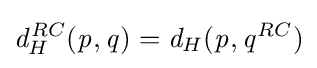
{\mathit {d}}_{H}^{RC}({\mathit {p}},{\mathit {q}})={\mathit {d}}_{H}({\mathit {p}},{\mathit {q}}^{RC})